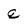
Character: q